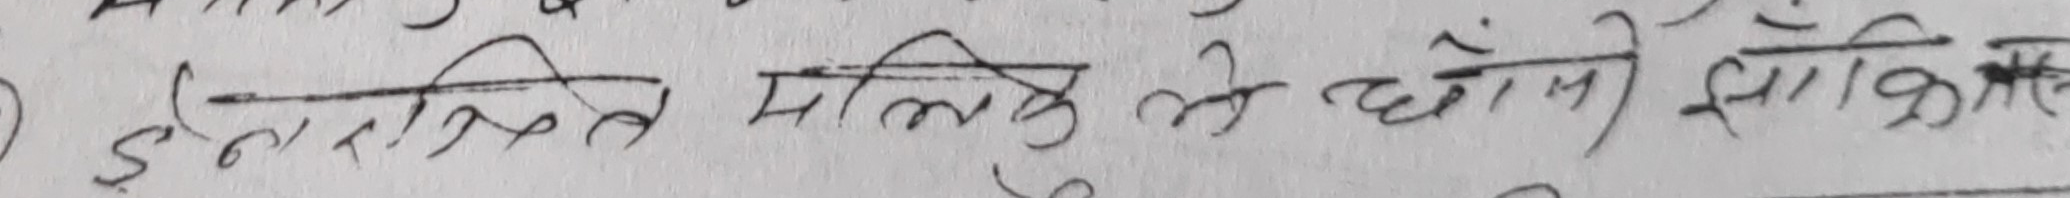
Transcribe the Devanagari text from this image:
इन्स्ट्रित मालिका के धोनी झारिखेल